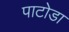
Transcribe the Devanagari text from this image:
पाटोडा